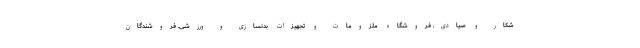
شکار و صیادی. فروشگاه ملزومات و تجهیزات بدنسازی و ورزشی. فروشندگان